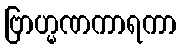
ဗြာဟ္မဏကာရကာ